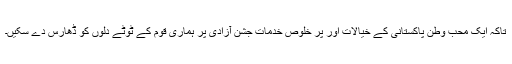
تاکہ ایک محب وطن پاکستانی کے خیالات اور پر خلوص خدمات جشن آزادی پر ہماری قوم کے ٹوٹے دلوں کو ڈھارس دے سکیں۔